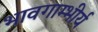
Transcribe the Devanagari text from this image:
भावगाम्भीर्य